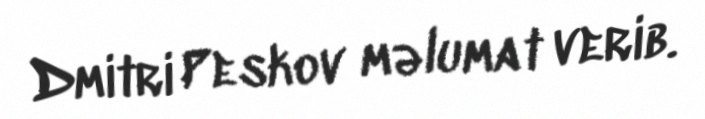
Dmitri Peskov məlumat verib.